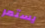
يستمر